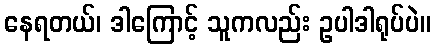
နေရတယ်၊ ဒါကြောင့် သူကလည်း ဥပါဒါရုပ်ပဲ။